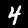
Label: 4